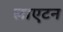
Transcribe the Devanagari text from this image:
लाएटन